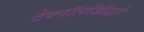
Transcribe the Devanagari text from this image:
टेक्‍नॉलॉजीद्वारे